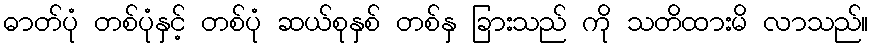
ဓာတ်ပုံ တစ်ပုံနှင့် တစ်ပုံ ဆယ်စုနှစ် တစ်နှ ခြားသည် ကို သတိထားမိ လာသည်။